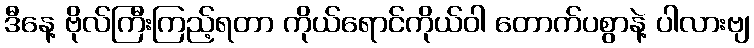
ဒီနေ့ ဗိုလ်ကြီးကြည့်ရတာ ကိုယ်ရောင်ကိုယ်ဝါ တောက်ပစွာနဲ့ ပါလားဗျ